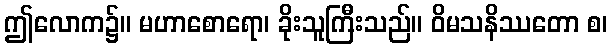
ဤလောက၌။ မဟာစောရော၊ ခိုးသူကြီးသည်။ ဝိမသနိဿတော စ၊